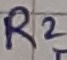
Text: R2